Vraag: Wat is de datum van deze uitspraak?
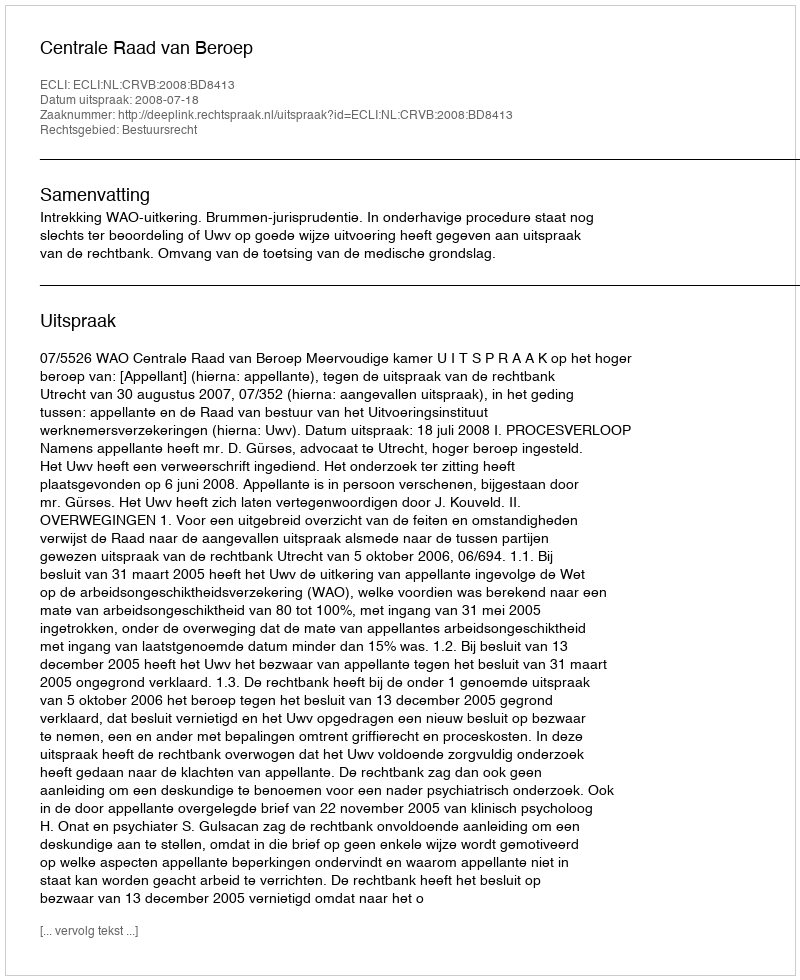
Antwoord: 2008-07-18